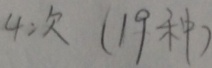
4 次 ( 1 9 种 )